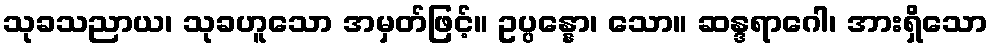
သုခသညာယ၊ သုခဟူသော အမှတ်ဖြင့်။ ဥပ္ပန္နော၊ သော။ ဆန္ဒရာဂေါ၊ အားရှိသော